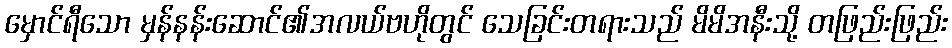
မှောင်ရီသော မှန်နန်းဆောင်၏အလယ်ဗဟိုတွင် သေခြင်းတရားသည် မိမိအနီးသို့ တဖြည်းဖြည်း